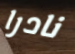
نادرا